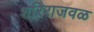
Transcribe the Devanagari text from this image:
शरिराजवळ